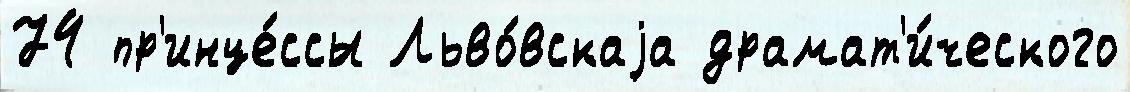
74 пр'инце́ссы Льво́вскаjа драмат'и́ческого